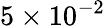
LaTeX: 5\times 10^{-2}